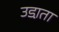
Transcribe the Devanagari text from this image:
उडा़ता